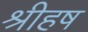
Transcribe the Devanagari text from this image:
श्रीहष